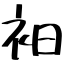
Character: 衵